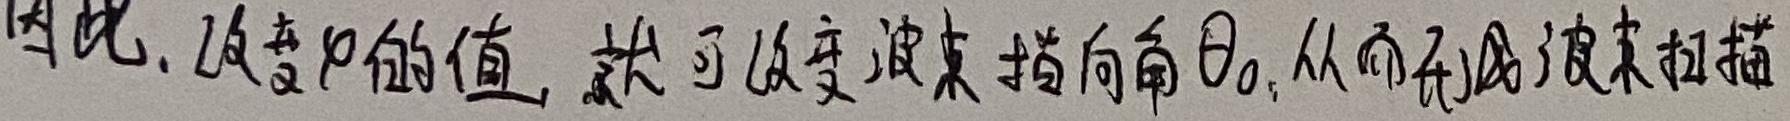
因此，改变$\varphi$的值，就可以改变波束指向角$\theta_0$，从而形成波束扫描